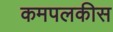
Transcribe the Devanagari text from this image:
कमपलकीस